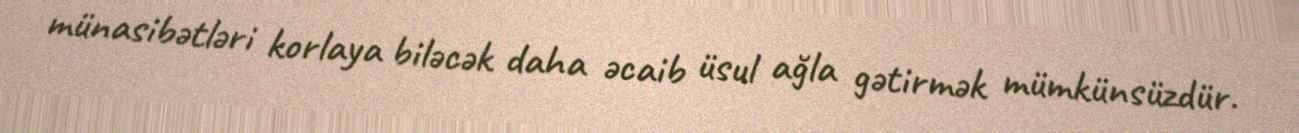
münasibətləri korlaya biləcək daha əcaib üsul ağla gətirmək mümkünsüzdür.